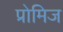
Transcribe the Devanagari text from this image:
प्रोमिज